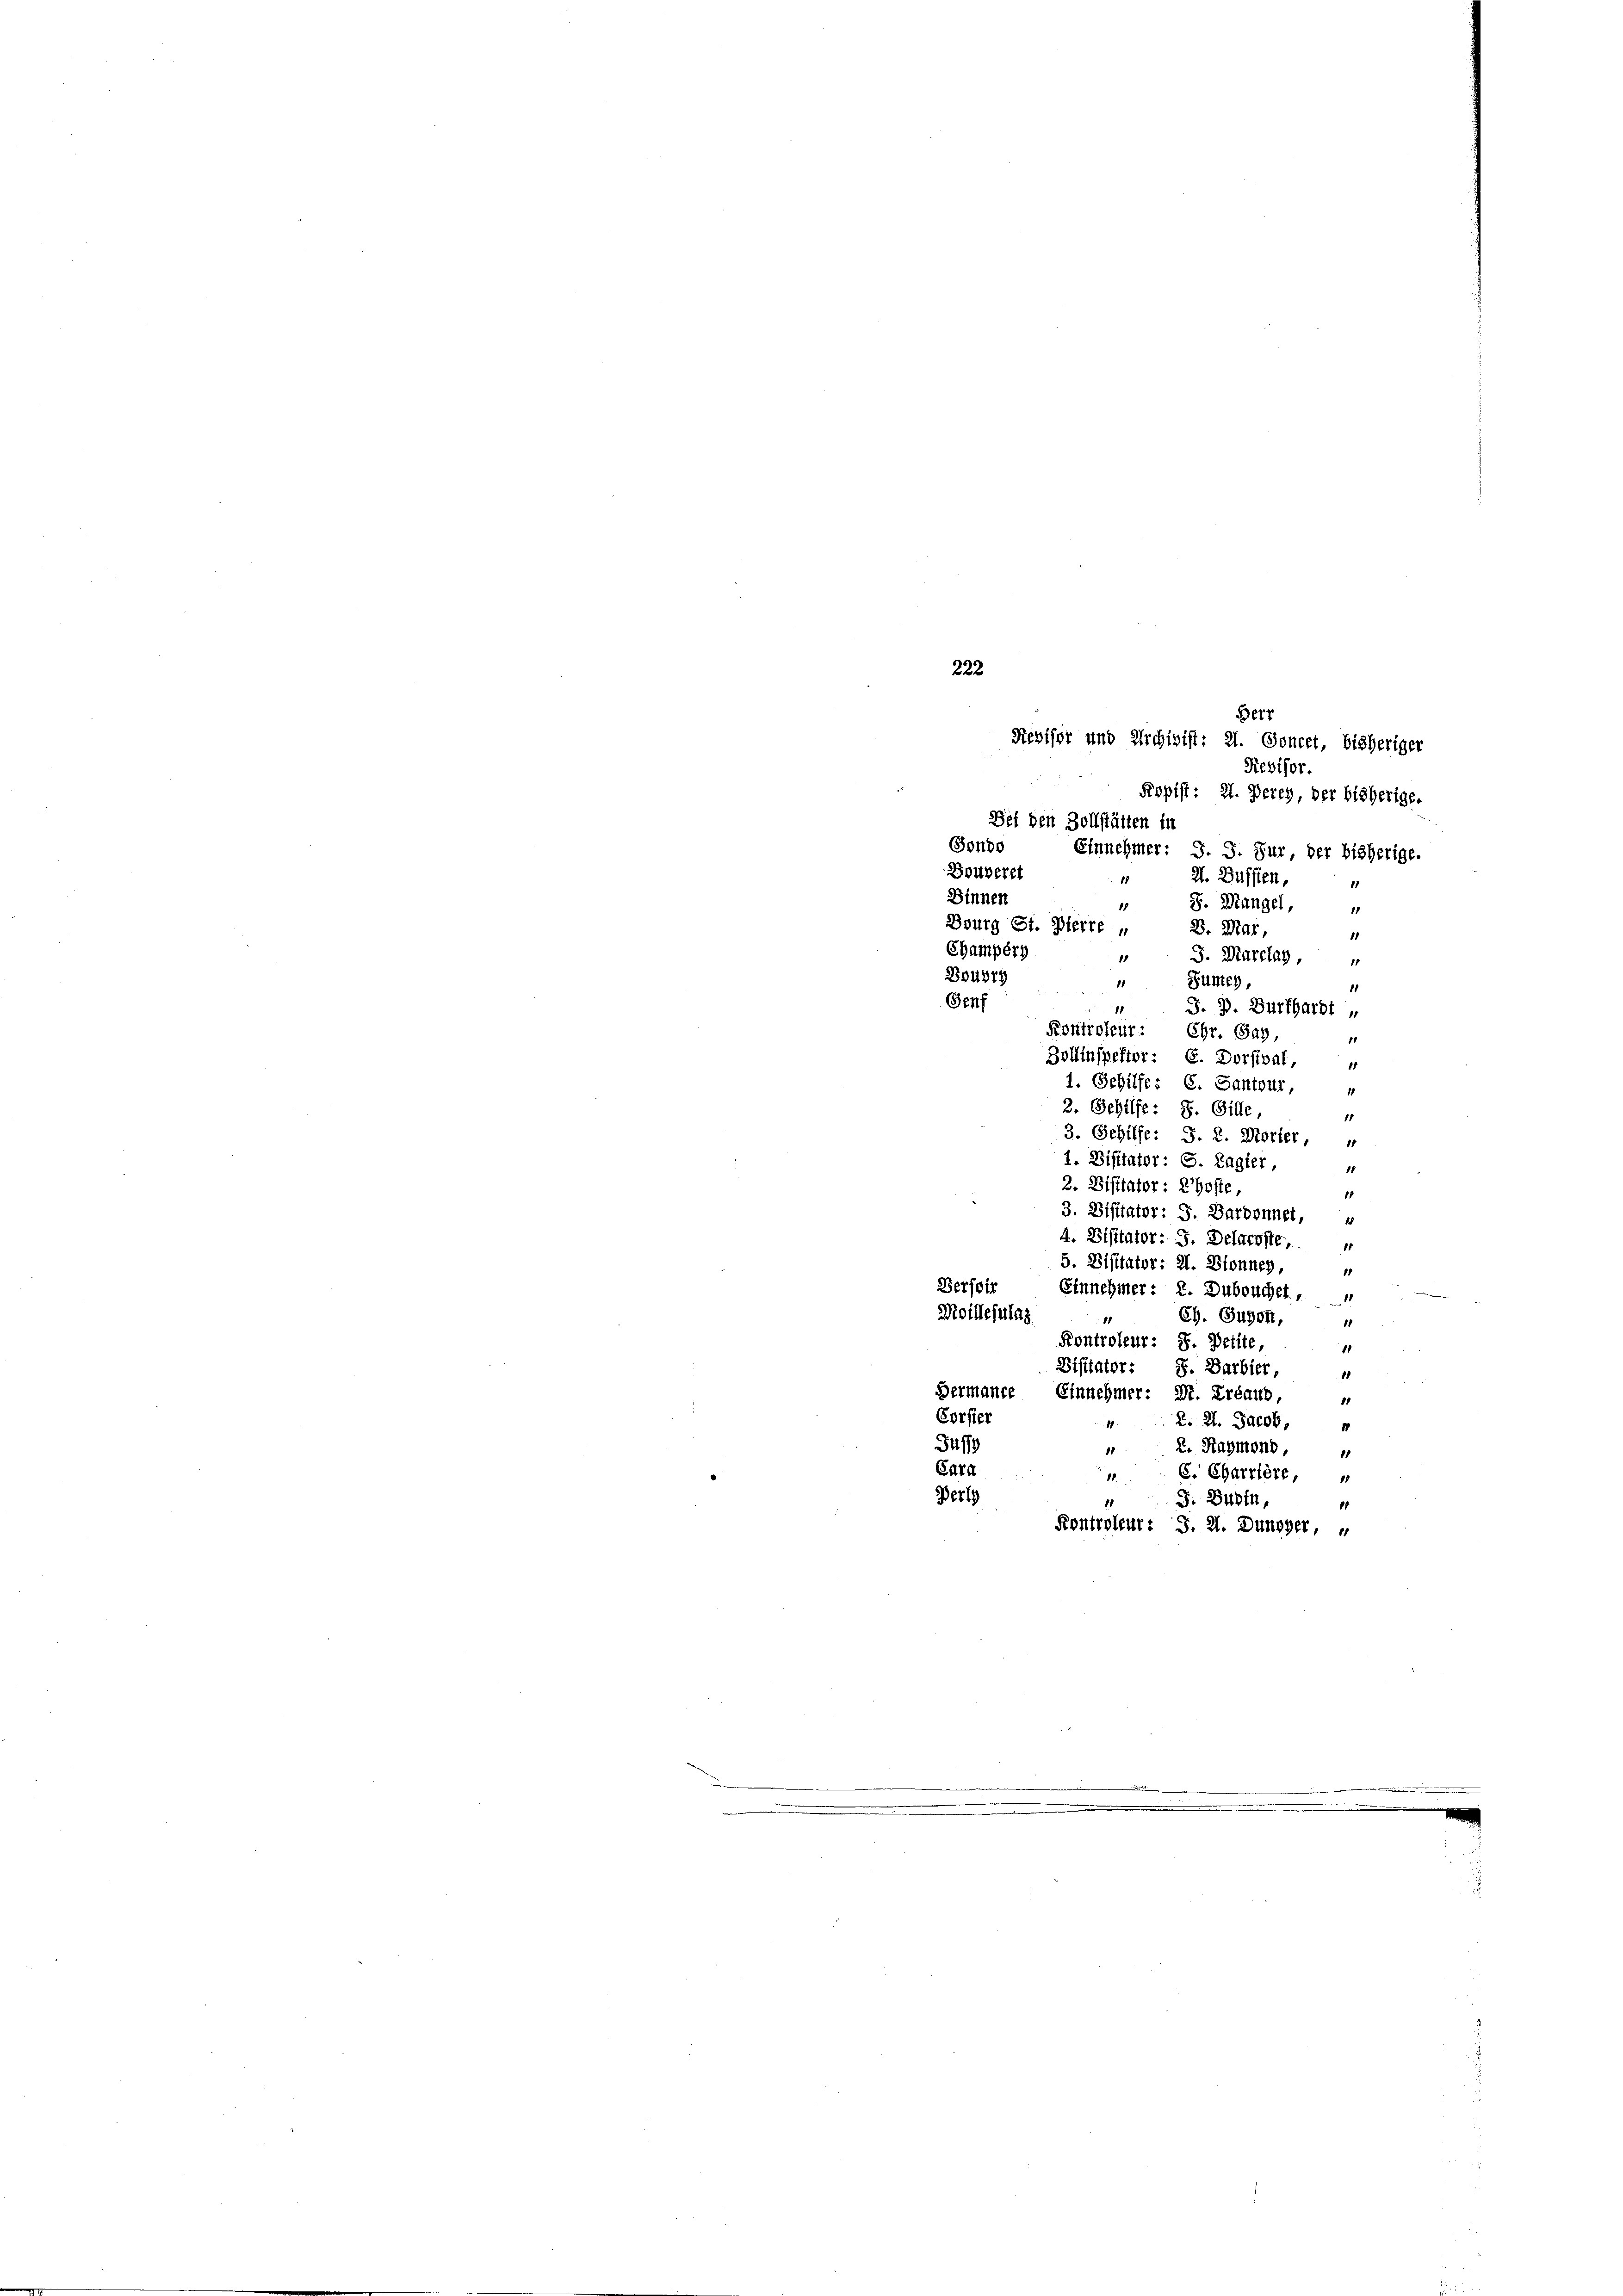
Ropist: 21. Derey, der bisherige.
Bei den Zollstätten in
Bonbo Einnehmer: J. J. Sur, der bisherige.
Bouverst
H. Bussen,
.
Binnen
 S. Mangel,
11
Bourg St. Vierte „
B. Mar,
1
Champéry
S. Marclag,
11
BB4379
Sümey
11
1
Senf
18
J. P. Burkhardt
Kontroleur: Chr. Sag,
Zollinspektor: C. Dorfival,
11
1. Gehilfe: C. Santour
1
2. Sehilfe: S. Gille,
11
3. Gehilfe: S. 2. Morier,
1. Disitator : S. Ragier,
18
2. Distrator: Chofte,
18
3. Visitator: J. Barbonnet,
4. Distator: 3. Delaroste,
5. Bisitator: 2. Dionney
11
Verfor
Einnehmer: 2. Dubouchet.
Moillezulag
Ch. Sugon,
Kontroleur: S. Petite,
1
Bisitator: 8. Darbier,
18
Hermance Einnehmer: Dr. Erbaus,
1
Corsier
R. 21. Jacob
18.
1
Puffy
2. Raymond,
18.
Cara
10
E. Charriere,
Berl
J. Büdin,
11
.
Kontroleur: S. 21. Dungger,

222
Berr
Revisor und Archivist: 21. Goncet, bisheriger
Revisor.